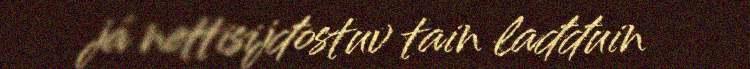
já nettisijđostuv tain lađđuin